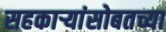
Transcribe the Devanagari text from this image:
सहकार्‍यांसोबतच्या